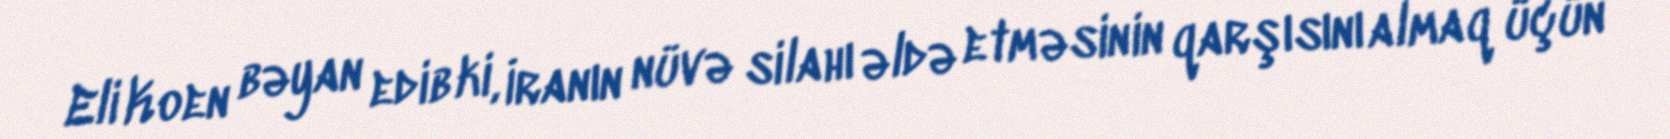
Eli Koen bəyan edib ki, İranın nüvə silahı əldə etməsinin qarşısını almaq üçün